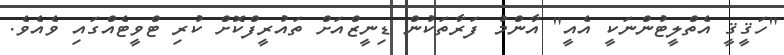
"ހަޤީޤީ އެތްލީޓުންނަކީ އެއީ" އާންމު ފަރާތަކުން ޑިނީޒްއަށް ތައުރީފްކޮށް ކުރި ޓްވީޓެއްގައި ވެއެވެ.